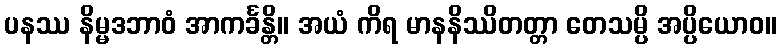
ပနဿ နိမ္မဒဘာဝံ အာကင်္ခန္တိ။ အယံ ကိရ မာနနိဿိတတ္တာ တေသမ္ပိ အပ္ပိယောဝ။